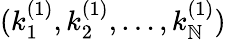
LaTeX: (k_{1}^{(1)},k_{2}^{(1)},\dots,k_{\mathbb{N}}^{(1)})